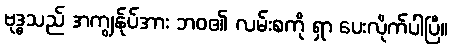
ဗုဒ္ဓသည် အကျွန်ုပ်အား ဘဝ၏ လမ်းစကို ရှာ ပေးလိုက်ပါပြီ။